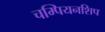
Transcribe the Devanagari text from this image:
चम्पियनशिप